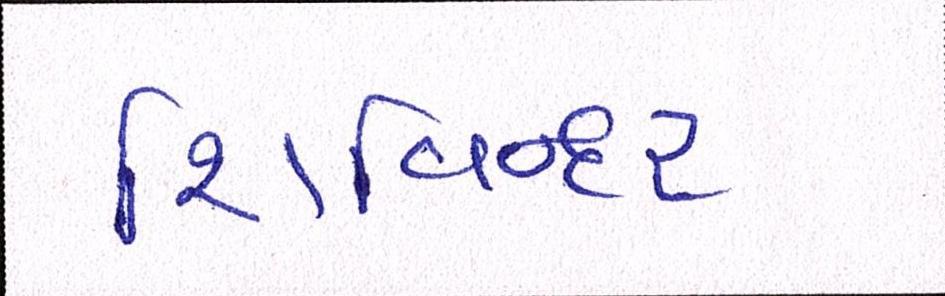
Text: શિવિન્દર